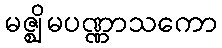
မဇ္ဈိမပဏ္ဏာသကော